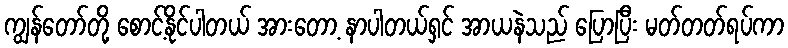
ကျွန်တော်တို့ စောင့်နိုင်ပါတယ် အားတော့ နာပါတယ်ရှင် အာယနဲသည် ပြောပြီး မတ်တတ်ရပ်ကာ